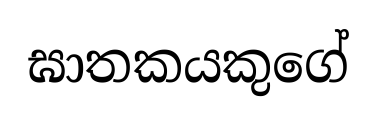
ඝාතකයකුගේ